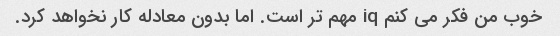
خوب من فکر می کنم iq مهم تر است. اما بدون معادله کار نخواهد کرد.